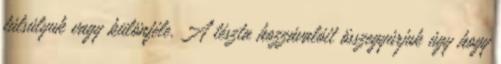
túlsúlyuk vagy különféle. A tészta hozzávalóit összegyúrjuk úgy hogy